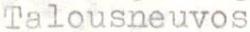
Talousneuvos